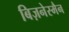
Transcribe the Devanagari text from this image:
बिज़नेस्मैन